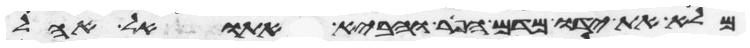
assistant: מלא את ידו מדם הפר והביא אתו אל אהל